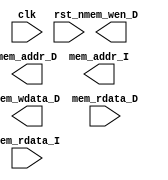
// Your SingleCycle RISC-V code which also supports compressed-instruction. 

module CHIP(clk,
            rst_n,
            // for mem_D
            mem_wen_D,
            mem_addr_D,
            mem_wdata_D,
            mem_rdata_D,
            // for mem_I
            mem_addr_I,
            mem_rdata_I
    );

    input         clk, rst_n ;
    // for mem_D
    output        mem_wen_D  ;  // mem_wen_D is high, CHIP writes data to D-mem; else, CHIP reads data from D-mem
    output [31:0] mem_addr_D ;  // the specific address to fetch/store data 
    output [31:0] mem_wdata_D;  // data writing to D-mem 
    input  [31:0] mem_rdata_D;  // data reading from D-mem
    // for mem_I
    output [31:0] mem_addr_I ;  // the fetching address of next instruction
    input  [31:0] mem_rdata_I;  // instruction reading from I-mem
    
endmodule